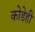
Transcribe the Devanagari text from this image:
कोडेही